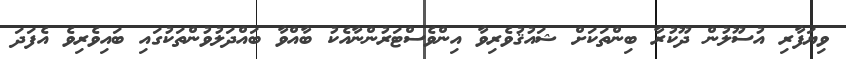
ވިޔަފާރި އުސޫލުން ދޫކުރާ ބިންތަކަށް ޝައުޤުވެރިވާ އިންވެސްޓަރުންނާއެކު ބާއްވާ ބައްދަލުވުންތަކުގައި ބައިވެރިވެ އެފަދަ